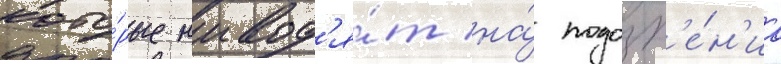
кото́рые навод'я́т на́ подозр'е́н'иа